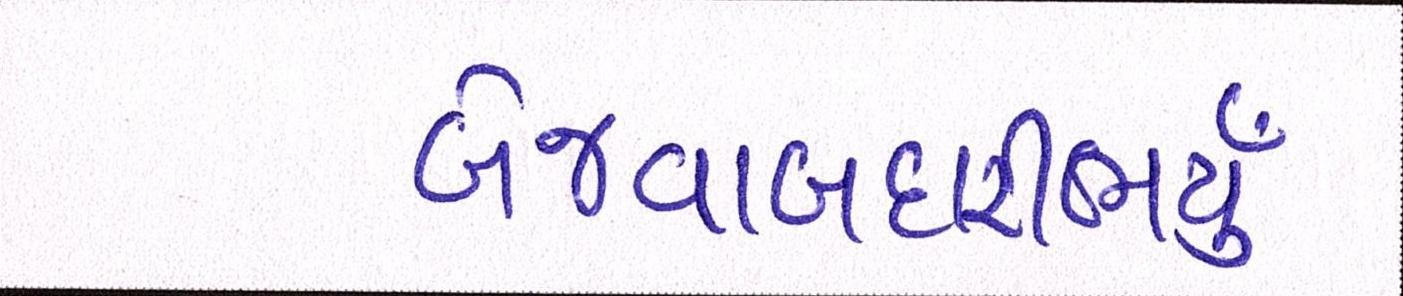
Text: બેજવાબદારીભર્યું